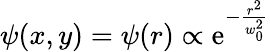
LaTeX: \psi(x,y)=\psi(r)\propto\mathrm{e}^{-\frac{r^{2}}{w_{0}^{2}}}